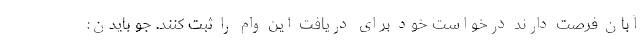
آبان فرصت دارند درخواست خود برای دریافت این وام را ثبت کنند. جو بایدن: